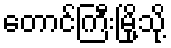
တောင်ကြီးမြို့သို့